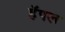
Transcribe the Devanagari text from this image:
हॅपल